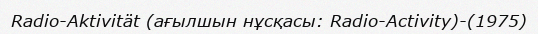
Radio-Aktivität (ағылшын нұсқасы: Radio-Activity)-(1975)